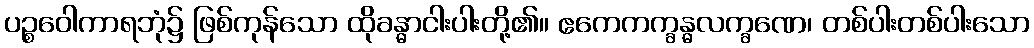
ပဉ္စဝေါကာရဘုံ၌ ဖြစ်ကုန်သော ထိုခန္ဓာငါးပါးတို့၏။ ဧကေကက္ခန္ဓလက္ခဏေ၊ တစ်ပါးတစ်ပါးသော